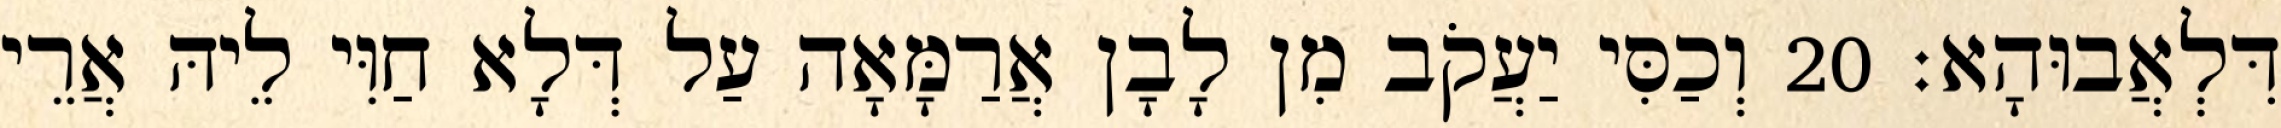
דִּלְאֲבוּהָא׃ 20 וְכַסִּי יַעֲקֹב מִן לָבָן אֲרַמָּאָה עַל דְּלָא חַוִּי לֵיהּ אֲרֵי